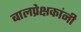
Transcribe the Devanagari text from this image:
बालप्रेक्षकांनी